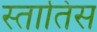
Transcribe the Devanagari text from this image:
स्तातिस